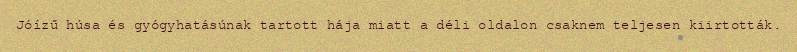
Jóízű húsa és gyógyhatásúnak tartott hája miatt a déli oldalon csaknem teljesen kiirtották.